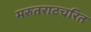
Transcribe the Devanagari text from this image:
मरुतराटचरित